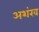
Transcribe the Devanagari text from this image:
अशंख